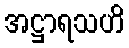
အဋ္ဌာရသဟိ